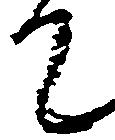
て